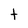
Character: t